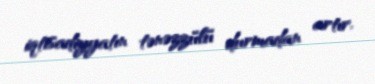
iqtisadiyyatın tənəzzülü durmadan artır.